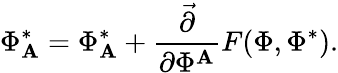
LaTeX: \Phi_{\mathbf{A}}^{*}=\Phi_{\mathbf{A}}^{*}+\frac{{\stackrel{\rightarrow}{\partial}}}{{\partial\Phi^{\mathbf{A}}}}F(\Phi,\Phi^{*}).